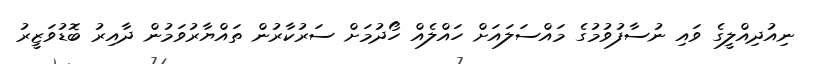
ނިއުދިއްލީގެ ވައި ނުސާފުވުމުގެ މައްސަލައަށް ހައްލެއް ހޯދުމަށް ސަރުކާރުން ތައްޔާރުވަމުން ދާއިރު ބޮޑުވަޒީރު